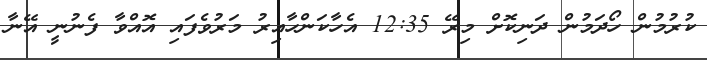
ކުރުމުން ހޯދަމުން ދަނިކޮށް މިރޭ 12:35 އެހާކަންހާއިރު މަރުވެފައި އޮއްވާ ފެނުނީ އޭނާ